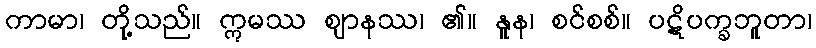
ကာမာ၊ တို့သည်။ ဣမဿ ဈာနဿ၊ ၏။ နူန၊ စင်စစ်။ ပဋိပက္ခဘူတာ၊